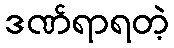
ဒဏ်ရာရတဲ့